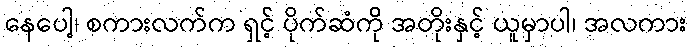
နေပေါ့၊ စကားလက်က ရှင့် ပိုက်ဆံကို အတိုးနှင့် ယူမှာပါ၊ အလကား